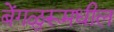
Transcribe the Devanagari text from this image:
बेंगळुरूमधील